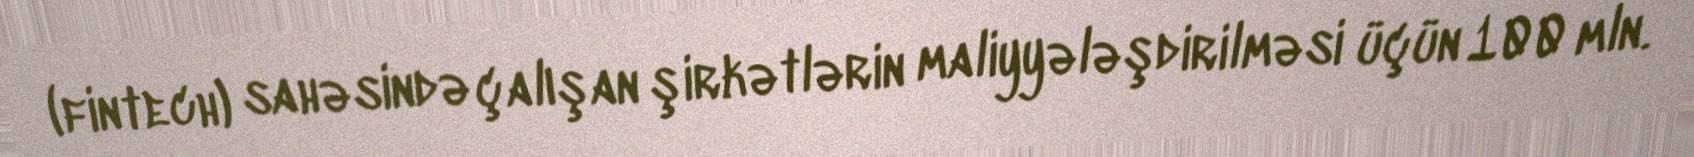
(fintech) sahəsində çalışan şirkətlərin maliyyələşdirilməsi üçün 100 mln.